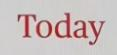
Today